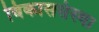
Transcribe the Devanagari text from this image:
विकाससंस्था